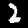
Digit: 2